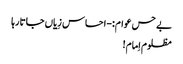
بے حس عوام:-احساس زِیاں جاتا رہا
مظلوم اِمام!